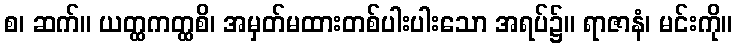
စ၊ ဆက်။ ယတ္ထကတ္ထစိ၊ အမှတ်မထားတစ်ပါးပါးသော အရပ်၌။ ရာဇာနံ၊ မင်းကို။